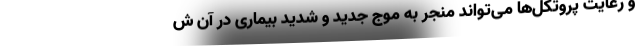
و رعایت پروتکل‌ها می‌تواند منجر به موج جدید و شدید بیماری در آن ش